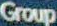
Group